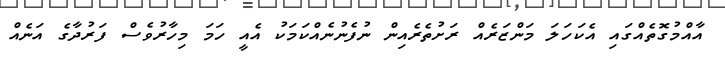
އާއްމުގޮތެއްގައި އެކަހަލަ މަންޒަރެއް ރަށުތެރެއިން ނުފެނުނެއްކަމަކު އެއީ ހަމަ މިހާރުވެސް ފަރުދާގެ އަނެއް